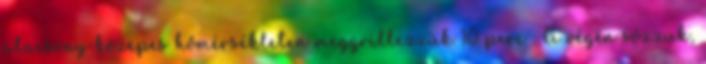
alacsony-közepes hőmérsékleten meggrillezzük 10 perc . A végén sózzuk,